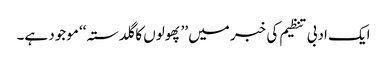
ایک ادبی تنظیم کی خبر میں ’’پھولوں کا گلدستہ‘‘ موجود ہے۔